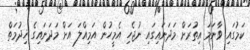
ކަމުގައި ވާނަމަ އިތުރަށް މަދަނައިގައި ނުޖެހި އެމީހުން އަމިއްލަ އަށް މަދަނައިގެ ޚިދުމަތް